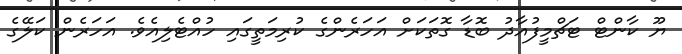
ޔޫ ކާންޓް ޓަޗްމީފުއާދު ބޮޑާ ގޮތަކަށް އަހަރެންގެ ކުރިމަތީގައި ހުއްޓެލިއެވެ. އަހަރެން ކަލޭގެ